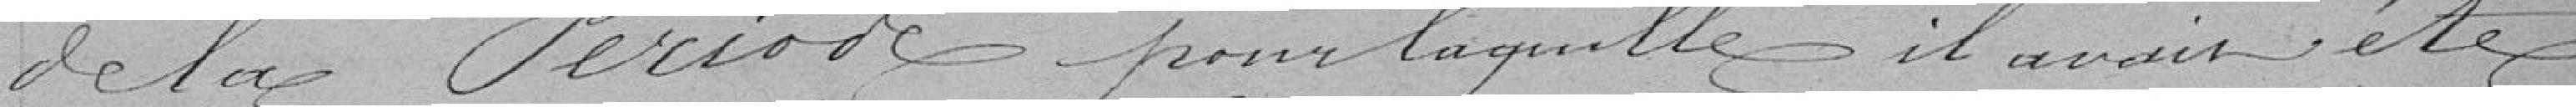
de la période pout laquelle il avait été